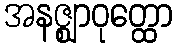
အနဇ္ဈာဝုတ္ထော